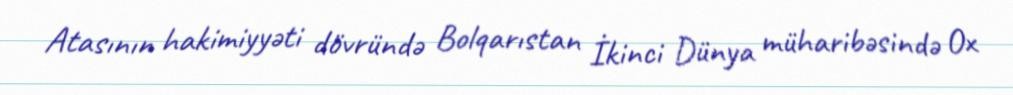
Atasının hakimiyyəti dövründə Bolqarıstan İkinci Dünya müharibəsində Ox